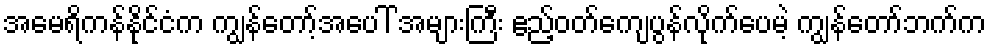
အမေရိကန်နိုင်ငံက ကျွန်တော့်အပေါ် အများကြီး ဧည့်ဝတ်ကျေပွန်လိုက်ပေမဲ့ ကျွန်တော်ဘက်က